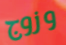
وزوج